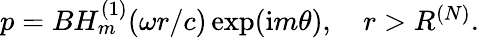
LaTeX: \begin{array}{r}{p=BH_{m}^{(1)}(\omega r/c)\exp(\mathrm{i}m\theta),\quad r>R^{(N)}.}\end{array}